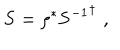
{ \bf S } = \rho ^ { * } { { \bf S } ^ { - 1 } } ^ { \dagger } \, \, ,